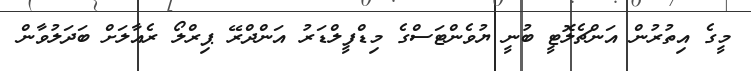
މީގެ އިތުރުން އަންޗެލޮޓީ ބުނީ ޔުވެންޓަސްގެ މިޑްފީލްޑަރު އަންދްރޭ ޕިރްލޯ ރެއާލަށް ބަދަލުވާން